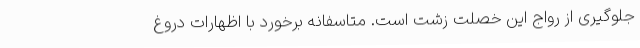
جلوگیری از رواج این خصلت زشت است. متاسفانه برخورد با اظهارات دروغ